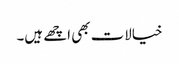
خیالات بھی اچھے ہیں۔